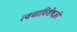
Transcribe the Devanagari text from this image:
त्वचाविशेषज्ञों